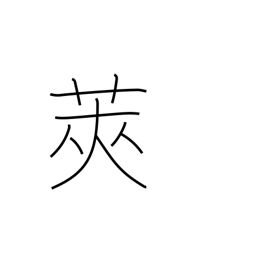
Meaning: shell